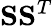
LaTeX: \mathbf{S}\mathbf{S}^{T}